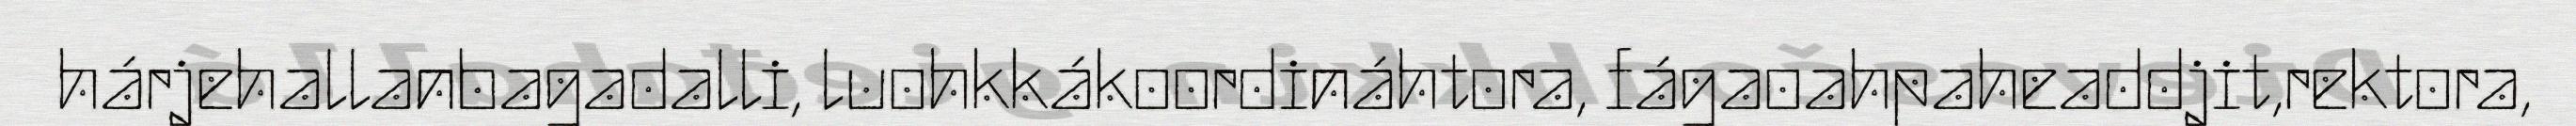
hárjehallanbagadalli, luohkkákoordináhtora, fágaoahpaheaddjit,rektora,